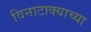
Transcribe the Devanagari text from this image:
विनाटाक्‍याच्या